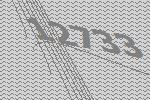
12733